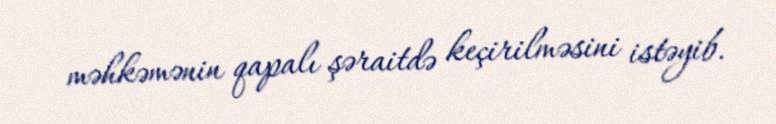
məhkəmənin qapalı şəraitdə keçirilməsini istəyib.